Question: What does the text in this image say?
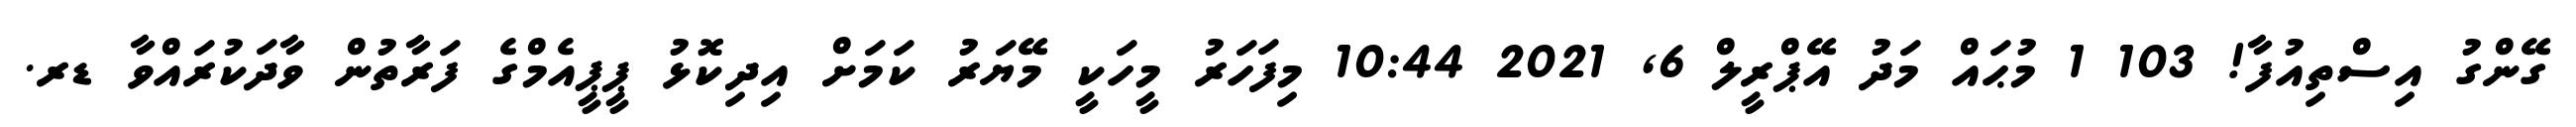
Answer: ގޭންގު އިސްތިއުފާ! 103 1 މުޙައް މަދު އޭޕްރީލް 6, 2021 10:44 މިފަހަރު މީހަކީ މޭޔަރު ކަމަށް އިދިކޮޅު ޕީޕީއެމްގެ ފަރާތުން ވާދަކުރައްވާ ޑރ.